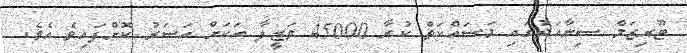
ޓޫރިޒަމް ސިނާއަތުގައި މަސައްކަތް ކުރާ 45000 ވަޒީފާ އަކަށް އަސަރު ކޮށްފައިވެ އެވެ.